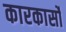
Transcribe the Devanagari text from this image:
कारकार्सो